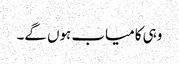
وہی کامیاب ہوں گے۔